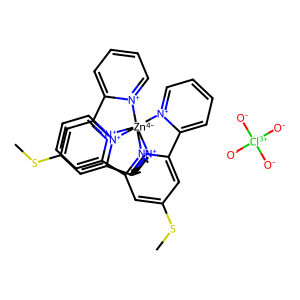
SMILES: CSc1cc2[n+]3c(c1)-c1cccc[n+]1[Zn-4]314([n+]3ccccc3-2)[n+]2ccccc2-c2cc(SC)cc([n+]21)-c1cccc[n+]14.[O-][Cl+3]([O-])([O-])[O-]
Inhibits HIV replication: No